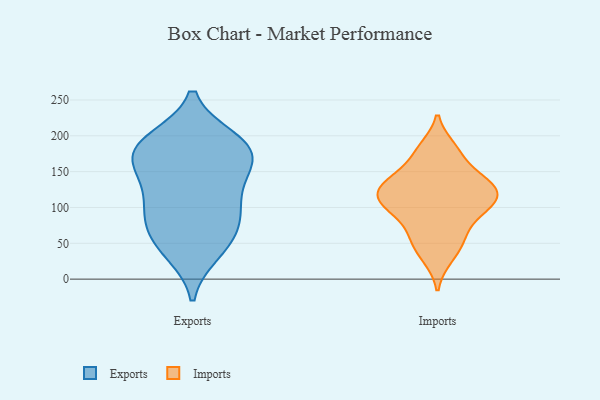
{"axis": {"x": "Waste Production (Tons)", "y": "Value"}, "legend": ["Exports", "Imports"], "data": [{"x": "", "y": 101, "type": "Exports"}, {"x": "", "y": 57, "type": "Exports"}, {"x": "", "y": 41, "type": "Exports"}, {"x": "", "y": 37, "type": "Exports"}, {"x": "", "y": 112, "type": "Exports"}, {"x": "", "y": 191, "type": "Exports"}, {"x": "", "y": 140, "type": "Exports"}, {"x": "", "y": 75, "type": "Exports"}, {"x": "", "y": 158, "type": "Exports"}, {"x": "", "y": 195, "type": "Exports"}, {"x": "", "y": 151, "type": "Exports"}, {"x": "", "y": 193, "type": "Exports"}, {"x": "", "y": 177, "type": "Exports"}, {"x": "", "y": 78, "type": "Exports"}, {"x": "", "y": 182, "type": "Exports"}, {"x": "", "y": 169, "type": "Exports"}, {"x": "", "y": 99, "type": "Exports"}, {"x": "", "y": 174, "type": "Imports"}, {"x": "", "y": 131, "type": "Imports"}, {"x": "", "y": 88, "type": "Imports"}, {"x": "", "y": 55, "type": "Imports"}, {"x": "", "y": 106, "type": "Imports"}, {"x": "", "y": 99, "type": "Imports"}, {"x": "", "y": 183, "type": "Imports"}, {"x": "", "y": 59, "type": "Imports"}, {"x": "", "y": 141, "type": "Imports"}, {"x": "", "y": 137, "type": "Imports"}, {"x": "", "y": 130, "type": "Imports"}, {"x": "", "y": 112, "type": "Imports"}, {"x": "", "y": 111, "type": "Imports"}, {"x": "", "y": 30, "type": "Imports"}]}